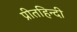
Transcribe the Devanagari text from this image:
प्रीतहिन्दी